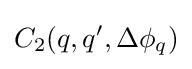
C_{2}(q,q',\Delta \phi _{q})